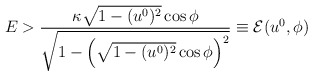
\begin{align*}E > \frac{\kappa \sqrt{1 - (u^0)^2} \cos\phi}{\sqrt{1 - \left(\sqrt{1 - (u^0)^2} \cos\phi\right)^2}} \equiv \mathcal{E}(u^0, \phi)\end{align*}